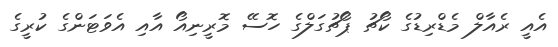
އެއީ ރެއާލް މެޑްރިޑުގެ ކޯޗު ޕޯޗުގަލްގެ ހޮސޭ މޮރީނިއޯ އާއި އެވަޓަންގެ ކުރީގެ